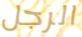
الرجل